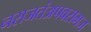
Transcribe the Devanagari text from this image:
नसजतंअपवसमज